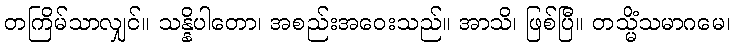
တကြိမ်သာလျှင်။ သန္နိပါတော၊ အစည်းအဝေးသည်။ အာသိ၊ ဖြစ်ပြီ။ တသ္မိံသမာဂမေ၊